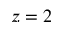
z = 2